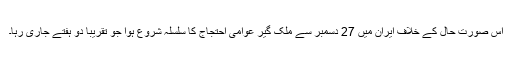
اس صورت حال کے خلاف ایران میں 27 دسمبر سے ملک گیر عوامی احتجاج کا سلسلہ شروع ہوا جو تقریبا دو ہفتے جاری رہا۔